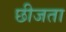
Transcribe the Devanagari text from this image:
छीजता